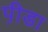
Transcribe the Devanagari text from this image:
प़ीडा